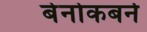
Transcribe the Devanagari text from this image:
बेनोकबर्न